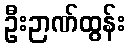
ဦးဉာဏ်ထွန်း